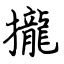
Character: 攏